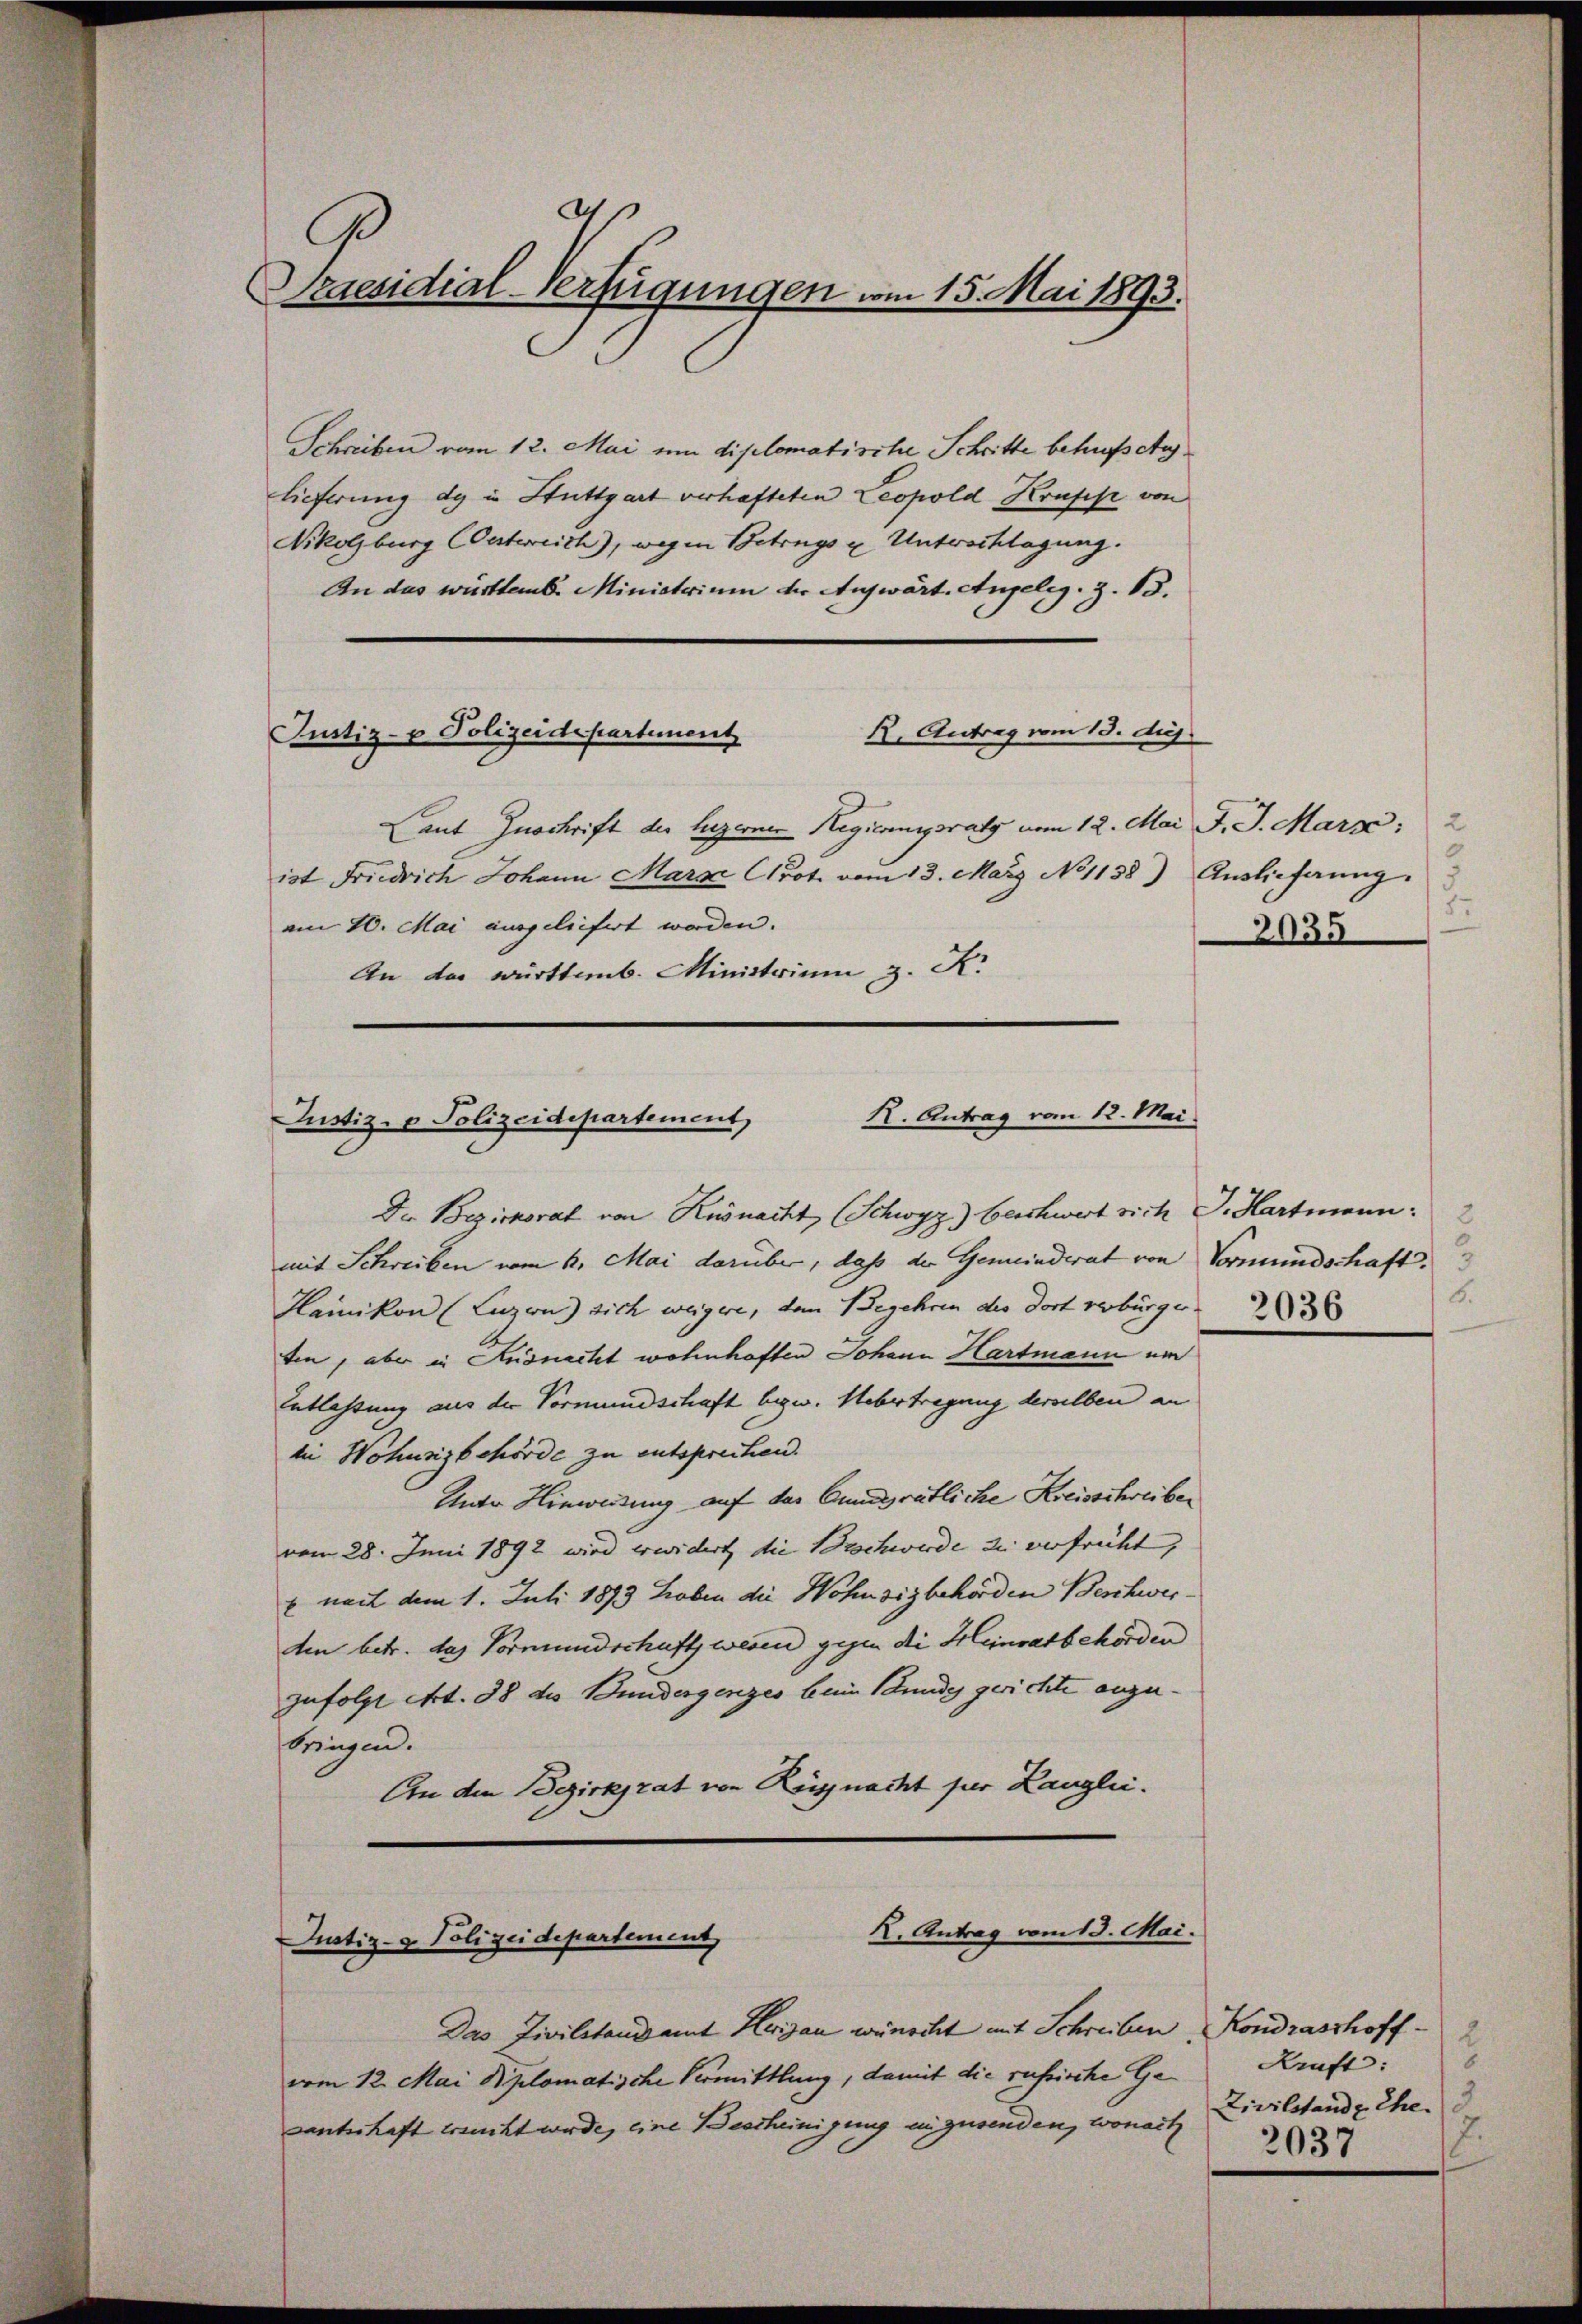
d
Praesidial-Verfügungen vom 15. Mai 1893.

Schreiben vom 12. Mai um diplomatische Schritte behufschiglieferung des in Stuttgart verhafteten Leopold Kruppe von
Nikolsburg COestreich), wegen Betrags u Unterschlagung.
An das württemb. Ministerium der Aufwärt. Angeleg. Z. 13.
Justiz- & Polizeidepartement
2. Antrag vom 13. huj.
Laut Zuschrift der Luzerner Regierungsrath vom 12. Mai J. J. Marz;
ist Friedrich Johann Marx Crot vom 13. März No 1138) Auslieferung
am 10. Mai ausgeliefert worden.
An das württemb. Ministrium z. K.

R. Antrag vom 12. Mai.
Justiz- & Polizeidepartement,

Das Zivilstandamt Thurgau wünscht mit Schreiben Kondrasthoff
vom 12. Mai Diplomatische Vermittlung, damit die russische Ge¬
Lantschaft treucht würde, eine Bescheinigung anzusenden, wonach

Die Bezirksrat von Küsnacht (Schwyz) beschwert sich G. Hartmann:
mit Schreiben vom 6. Mai darüber, daß der Gemeinderat von Vormundschaft.
Hainikon (Luzern) sich weigere, dem Begehren des dort verbürger         23
ten, aber in Ausnacht wohnhaften Johann Hartmann un
Entlassung aus der Vormundschaft bezw. Uebertragung derselben an
bei Wohnsizbehörde zu entsprechen.
Unter Hinweisung auf der Ennderätliche Kreisschreiber
vom 28. Juni 1892 wird erwidert, die Beschwerde zu verfrüht,
 nach dem 1. Juli 1893 hoben die Wohnsizbehörden Beschwerden betr. das Vormundschaft wesen gegen die Heinratbehörden
zufolge Art. 38 des Bundergenzes bei Stunde gerichte anzubringen.
An den Bezirksrat von Rüsnacht für Langlei¬

K. Antrag vom 13. Mai.
Justiz- & Polizeidepartement

2
0
8.
2035

6.

6.
Kraft:
Zivilstande Ehe.3
2037